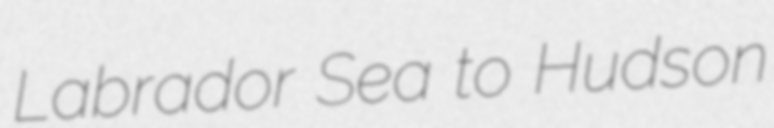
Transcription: Labrador Sea to Hudson